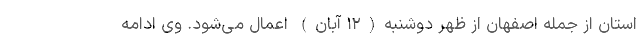
استان‌ از جمله اصفهان از ظهر دوشنبه(۱۲ آبان) اعمال می‌شود. وی ادامه